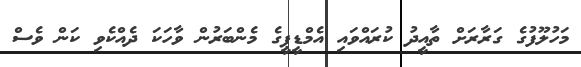
މަހުލޫފުގެ ގަރާރަށް ތާއީދު ކުރައްވައި އެމްޑީޕީގެ މެންބަރުން ވާހަކަ ދެއްކެވި ކަން ވެސް